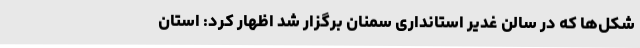
شکل‌ها که در سالن غدیر استانداری سمنان برگزار شد اظهار کرد: استان